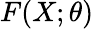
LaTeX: F(X;\theta)